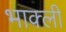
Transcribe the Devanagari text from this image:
भाक्ली